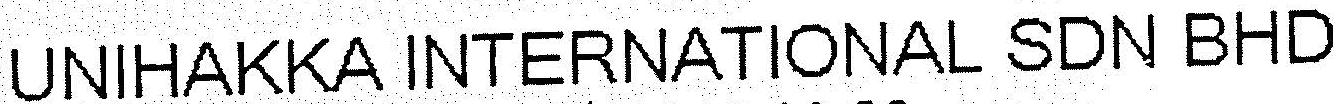
UNIHAKKA INTERNATIONAL SDN BHD